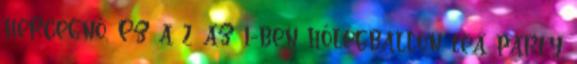
hercegnő. Ez a 2 az 1-ben hőlégballon tea party